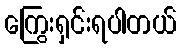
ကြွေးရှင်းရပါတယ်